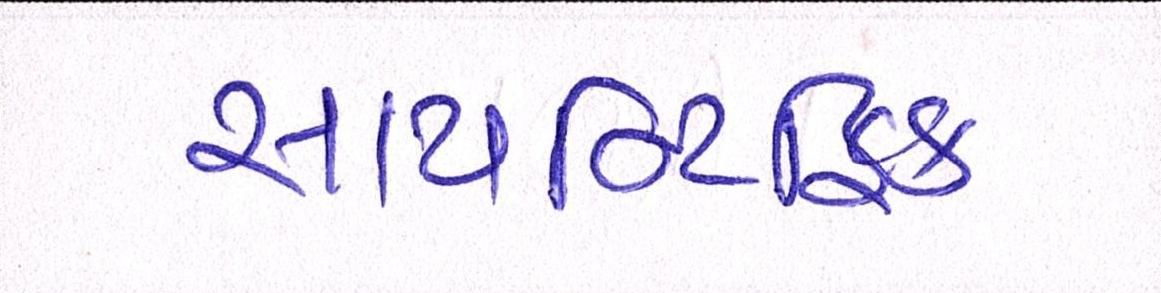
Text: સાયન્ટિફિક